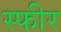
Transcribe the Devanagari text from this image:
स्फीर